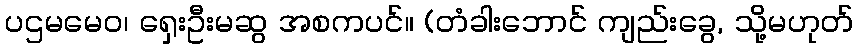
ပဌမမေဝ၊ ရှေးဦးမဆွ အစကပင်။ (တံခါးဘောင် ကျည်းခွေ, သို့မဟုတ်